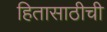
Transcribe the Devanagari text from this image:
हितासाठीची